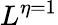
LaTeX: L^{\eta=1}